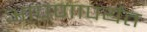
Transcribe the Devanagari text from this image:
आपणापर्यंत